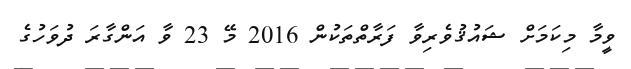
ވީމާ މިކަމަށް ޝައުޤުވެރިވާ ފަރާތްތަކުން 2016 މޭ 23 ވާ އަންގާރަ ދުވަހުގެ